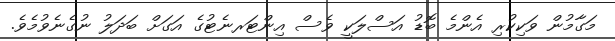
މަގާމުން ވަކިކުރި އެންމެ ބޮޑު އަސްލަކީ ވެސް އިންޓަރނެޓުގެ އަގަށް ބަދަލު ނުގެނެވުމެވެ.